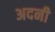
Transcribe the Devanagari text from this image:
अदनी